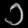
Digit: ၁